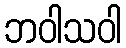
ဘဝါသဝါ